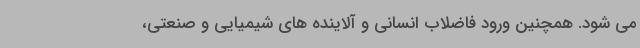
می شود. همچنین ورود فاضلاب انسانی و آلاینده های شیمیایی و صنعتی،